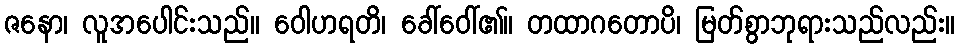
ဇနော၊ လူအပေါင်းသည်။ ဝေါဟရတိ၊ ခေါ်ဝေါ်၏။ တထာဂတောပိ၊ မြတ်စွာဘုရားသည်လည်း။